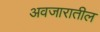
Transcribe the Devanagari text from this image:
अवजारातील